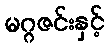
မဂ္ဂဇင်းနှင့်